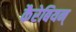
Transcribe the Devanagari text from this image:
कैरेबियन्